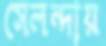
সেলন্দায়